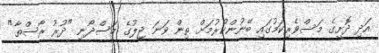
އަދި ދޮށީގެ މަސްވެރިކަމުގައި ބޭނުންކުރުމަށް ތިން ވަނަ ޖީލުގެ މަސްދޯނި "ދުރު ރާސްތާ"